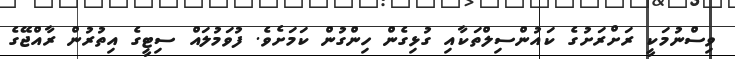
ވިސްނުމަކީ ރަށްރަށުގެ ކައުންސިލްތަކާއި ގުޅިގެން ހިންގުން ކަމަށެވެ. ފުވަމުލައް ސިޓީގެ އިތުރުން ރާއްޖޭގެ